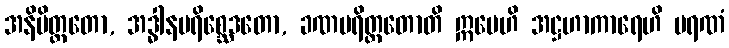
အနိမိတ္တတော, အဒ္ဓါနပရိစ္ဆေဒတော, ခဏပရိတ္တတောတိ ဣမေဟိ အဋ္ဌဟာကာရေဟိ မရဏံ